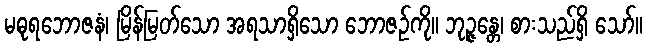
မဓုရဘောဇနံ၊ မြိန်မြတ်သော အရသာရှိသော ဘောဇဉ်ကို။ ဘုဉ္ဇန္တေ၊ စားသည်ရှိ သော်။